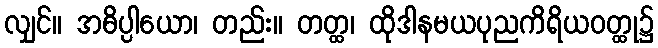
လျှင်။ အဓိပ္ပါယော၊ တည်း။ တတ္ထ၊ ထိုဒါနမယပုညကိရိယဝတ္ထု၌